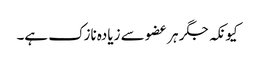
کیونکہ جگر ہر عضو سے زیادہ نازک ہے۔